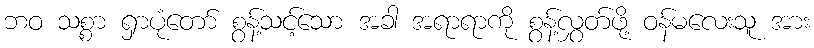
ဘဝ သစ္စာ ရှာပုံတော် စွန့်သင့်သော အခါ အရာရာကို စွန့်လွှတ်ဖို့ ဝန်မလေးသူ အား